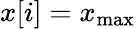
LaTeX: x[i]=x_{\mathrm{max}}